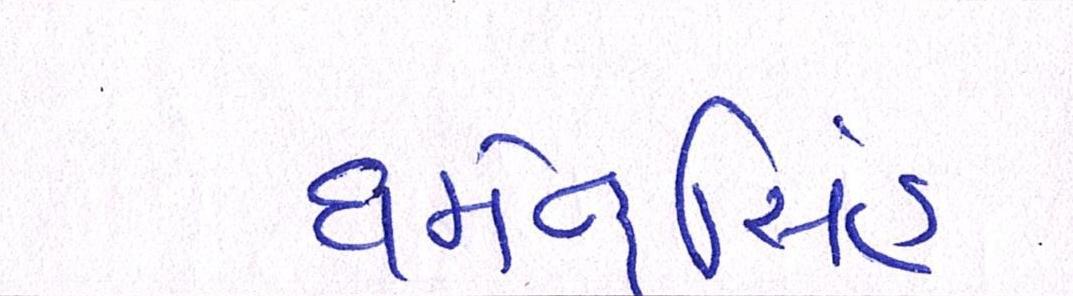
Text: ધર્મેન્દ્રસિંહ